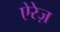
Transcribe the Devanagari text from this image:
ऐरेज़